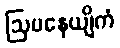
ဩပနေယျိကံ